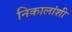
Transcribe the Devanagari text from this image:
निकालांशी